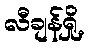
လီချန်ရှို့